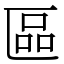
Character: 區